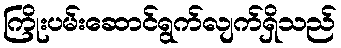
ကြိုးပမ်းဆောင်ရွက်လျက်ရှိသည်